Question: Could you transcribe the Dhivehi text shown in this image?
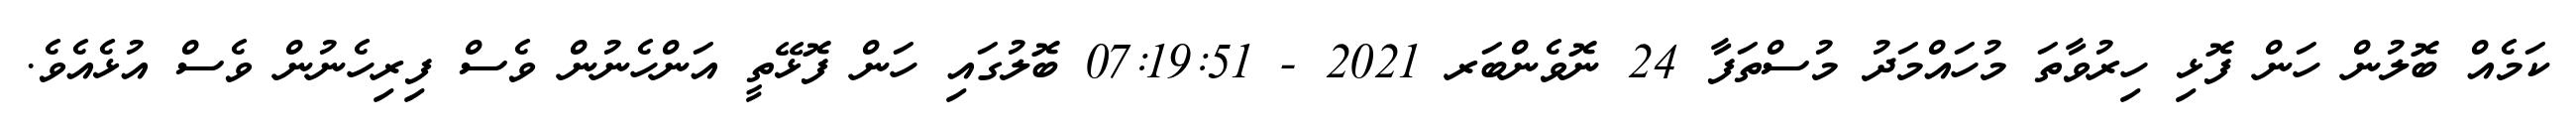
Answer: ކަމެއް ބޮލުން ހަން ފޮޅި ހިރުވާތަ މުހައްމަދު މުސްތަފާ 24 ނޮވެންބަރ 2021 - 07:19:51 ބޮލުގައި ހަން ފޮޅޭތީ އަންހެނުން ވެސް ފިރިހެނުން ވެސް އުޅެއެވެ.